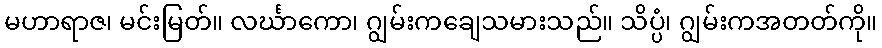
မဟာရာဇ၊ မင်းမြတ်။ လင်္ဃာကော၊ ဂျွမ်းကချေသမားသည်။ သိပ္ပံ၊ ဂျွမ်းကအတတ်ကို။